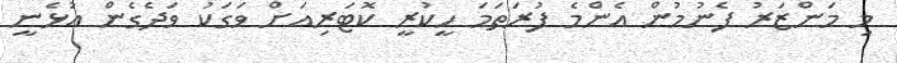
މި މަންޒަރު ފެނުމުން އެންމެ ފުރަތަމަ ހީކުރީ ކޮޓަރިއަށް ވަގަކު ވަދެގެން އުޅެނީ